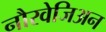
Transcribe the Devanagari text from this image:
नौरवेजिअन